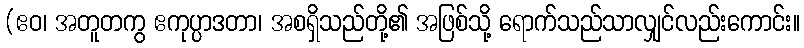
(ဧဝ၊ အတူတကွ ဧကုပ္ပာဒတာ၊ အစရှိသည်တို့၏ အဖြစ်သို့ ရောက်သည်သာလျှင်လည်းကောင်း။